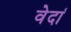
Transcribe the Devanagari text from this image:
वेदां